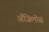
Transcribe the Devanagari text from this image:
अँजिलोस